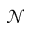
\mathcal { N }